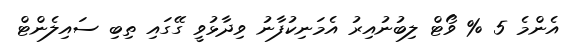
އެންމެ 5 % ވޯޓް ލިބުނުއިރު އެމަނިކުފާނު ވިދާޅުވީ ގޭގައި ތިބި ސައިލެންޓް